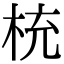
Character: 𣑁